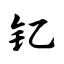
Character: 钇